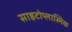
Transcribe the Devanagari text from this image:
साइटोप्लास्मिक